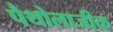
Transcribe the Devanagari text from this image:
पैथोलाजीक